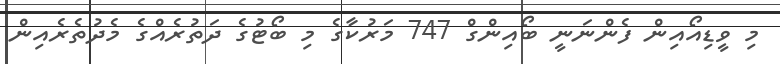
މި ވީޑިއޯއިން ފެންނަނީ ބޯއިންގް 747 މަރުކާގެ މި ބޯޓުގެ ދަތުރެއްގެ މެދުތެރެއިން